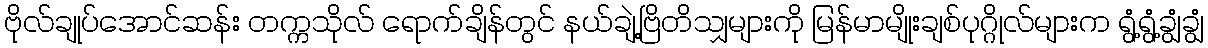
ဗိုလ်ချုပ်အောင်ဆန်း တက္ကသိုလ် ရောက်ချိန်တွင် နယ်ချဲ့ဗြိတိသျှများကို မြန်မာမျိုးချစ်ပုဂ္ဂိုလ်များက ရွံ့ရွံ့ချွံချွံ